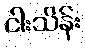
ငါးသိန်း